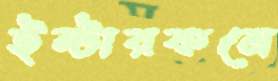
ইন্টারকমে